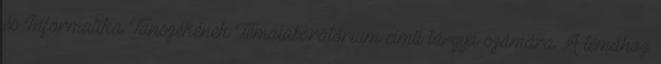
és Informatika Tanszékének Témalaboratórium című tárgya számára. A témához